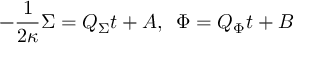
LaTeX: - { \frac { 1 } { 2 \kappa } } \Sigma = Q _ { \Sigma } t + A , \, \, \, \Phi = Q _ { \Phi } t + B